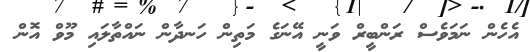
އެހެން ނަމަވެސް ރަންބީރް ވަނީ އޭނަގެ މަތިން ހަނދާން ނައްތާލައި މޫވް އޮން